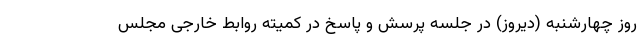
روز چهارشنبه (دیروز) در جلسه پرسش و پاسخ در کمیته روابط خارجی مجلس